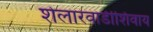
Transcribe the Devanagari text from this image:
शेलारवाडीशिवाय